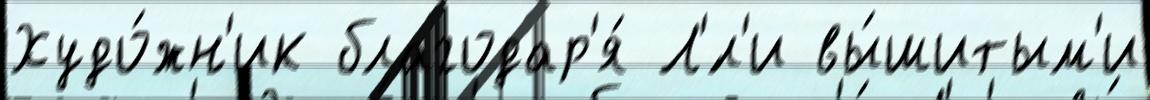
Худо́жн'ик благодар'я́ Л'́л'и вы́шитым'и